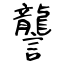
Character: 讋